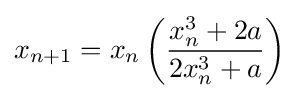
x_{n+1}=x_{n}\left({\frac {x_{n}^{3}+2a}{2x_{n}^{3}+a}}\right)